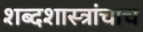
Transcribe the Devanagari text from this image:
शब्दशास्त्रांचाच